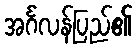
အင်္ဂလန်ပြည်၏